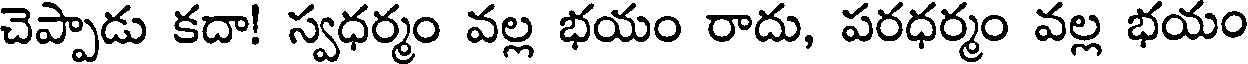
చెప్పాడు కదా! స్వధర్మం వల్ల భయం రాదు, పరధర్మం వల్ల భయం